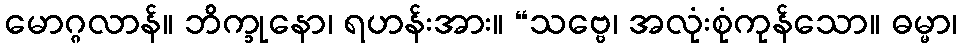
မောဂ္ဂလာန်။ ဘိက္ခုနော၊ ရဟန်းအား။ “သဗ္ဗေ၊ အလုံးစုံကုန်သော။ ဓမ္မာ၊